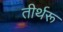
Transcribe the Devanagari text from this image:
तीर्थरू